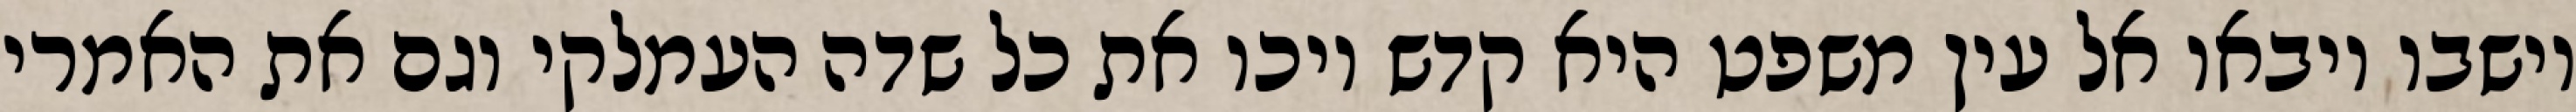
וישבו ויבאו אל עין משפט היא קדש ויכו את כל שדה העמלקי וגם את האמרי